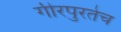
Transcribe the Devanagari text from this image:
गीरपुरतेच